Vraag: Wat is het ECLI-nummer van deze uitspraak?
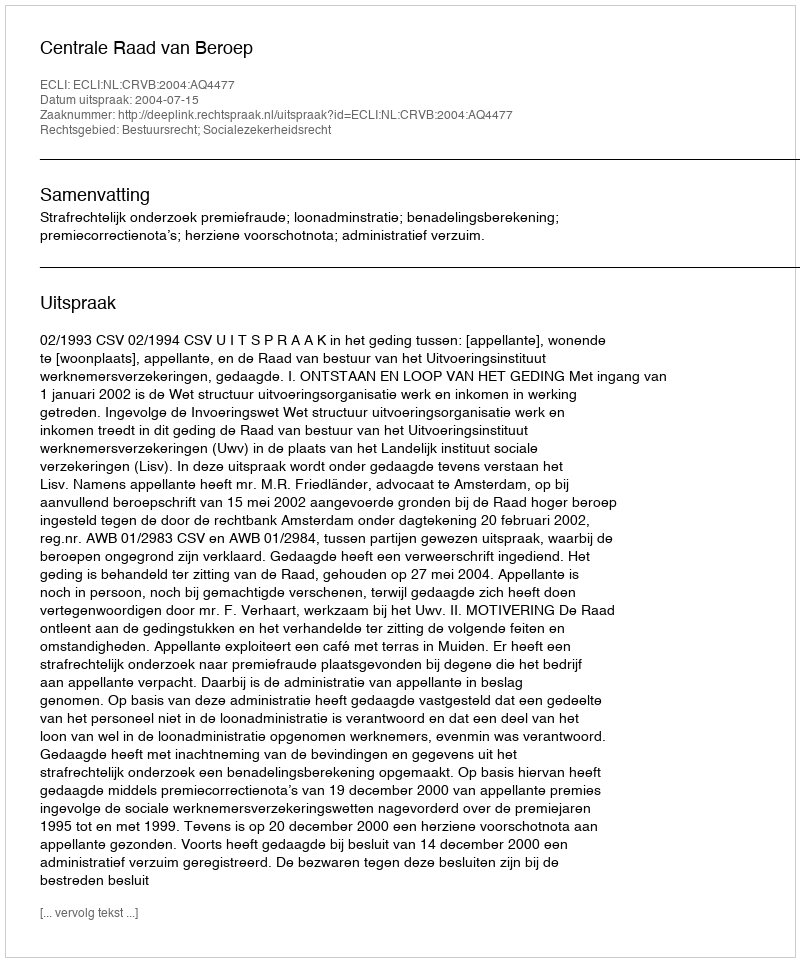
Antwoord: ECLI:NL:CRVB:2004:AQ4477